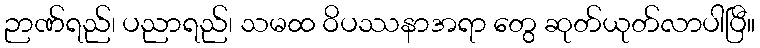
ဉာဏ်ရည်၊ ပညာရည်၊ သမထ ဝိပဿနာအရာ တွေ ဆုတ်ယုတ်လာပါပြီ။